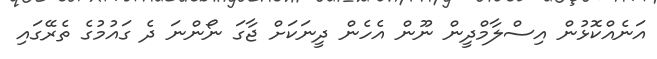
އަނެއްކޮޅުން އިސްލާމްދީން ނޫން އެހެން ދީނަކަށް ޖާގަ ނޯންނަ ދެ ގައުމުގެ ތެރޭގައި